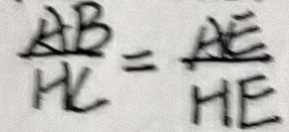
\frac { A B } { H C } = \frac { A E } { H E }